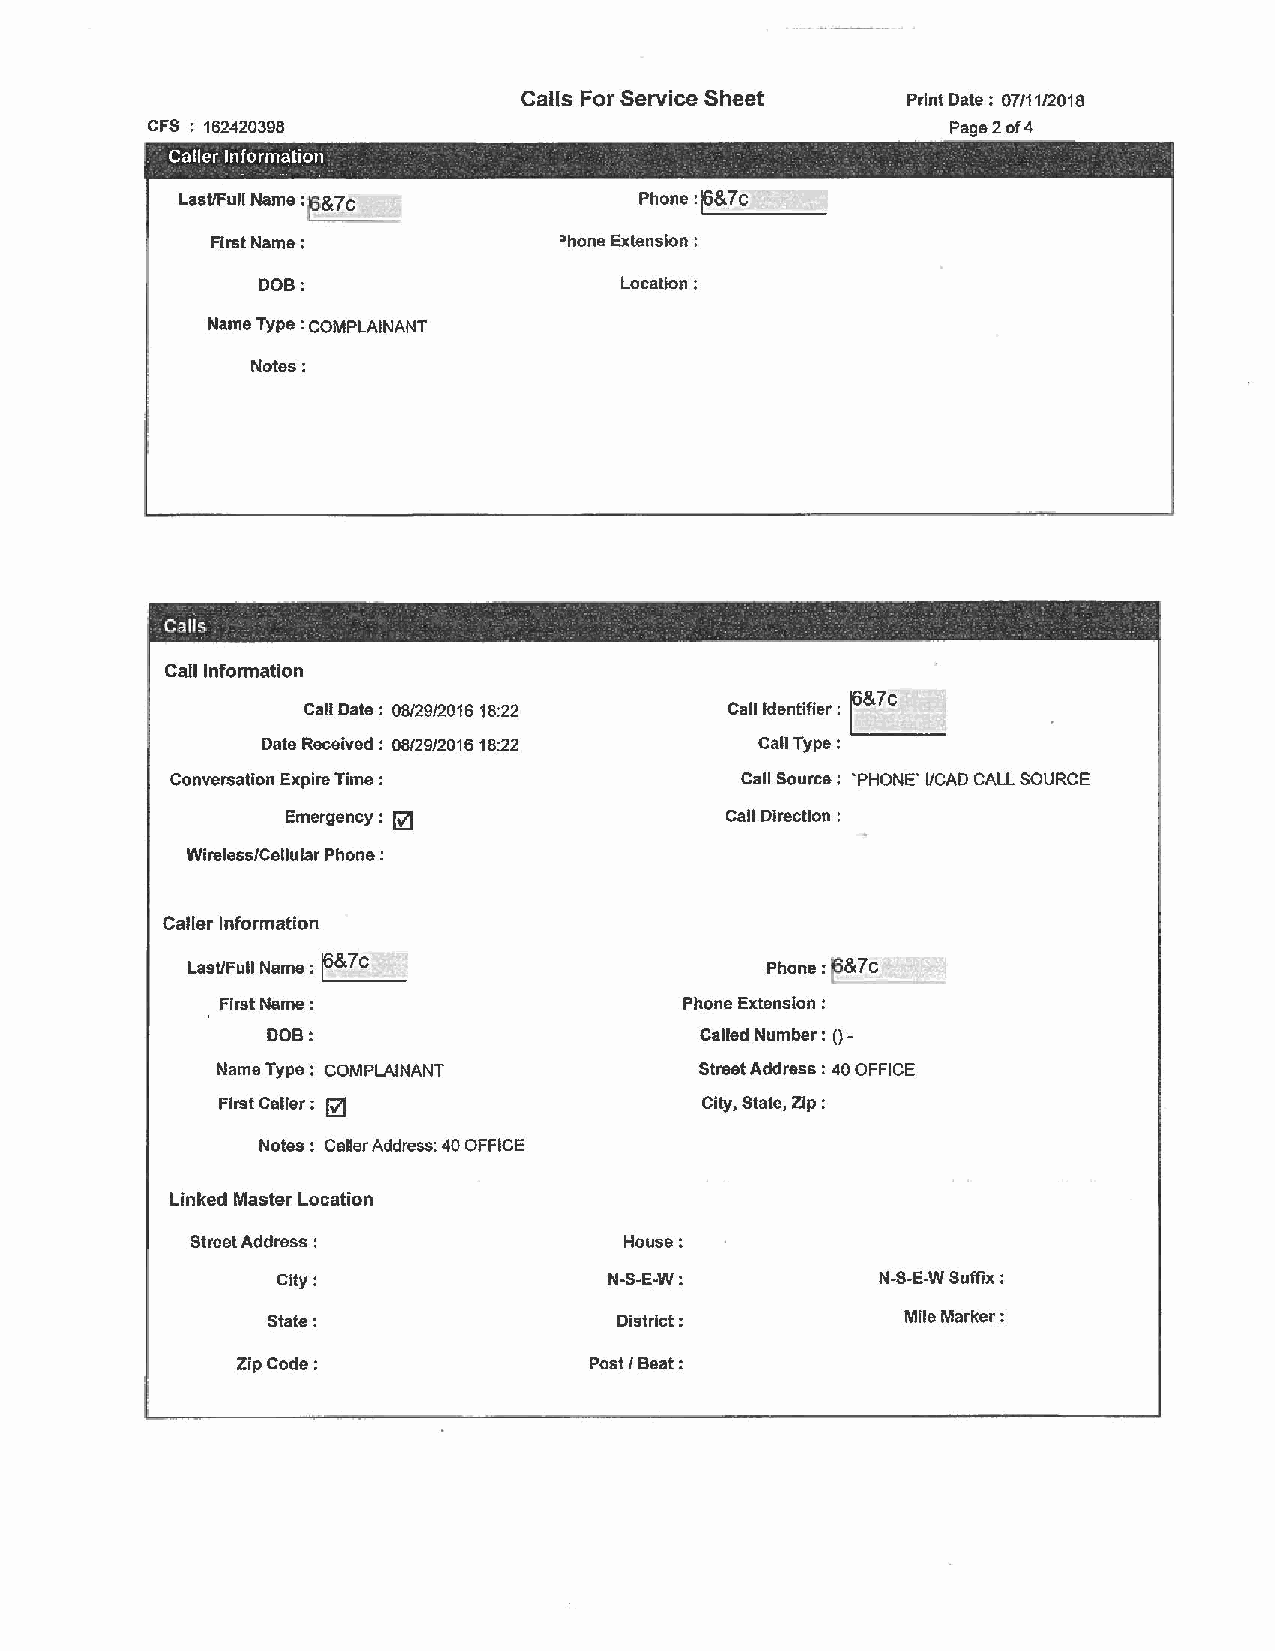
Calls For Service Sheet   Print Date: 07111/2018
 CFS : 162420398                                      Page2of4
 -    -
 Caller Information                    -
 LastlFull Name : ~& 7c        Phone:~~_&_7_c __~
 First Name:            ~hone Extension :
 DOB:                    Location:
 Name Type : COMPLAINANT
 Notes:
 -                 -   -
 CaJrs
 Call Information
 Call Date : 08/29/2016 18:22 Call Identifier: L&?c
 Call Type : .____ __
 Date Received : 08/29/2016 18:22
 Conversation Expire Time:             Call Source: 'PHONE' I/CAD CALL SOURCE
 6ZJ
 Emergency :                  Call Direction :
 Wireless/Cellular Phone :
 Caller Information
 LasUFull Name : ~&7 C                  Phone :~&7c
 First Name:                    Phone Extension :
 DOB:                        Called Number: (}-
 Name Type : COMPLAINANT         Street Address : 40 OFFICE
 First Caller: @                 City, State, Zip :
 Notes: Caller Address: 40 OFFICE
 Linked Master Location
 Street Address :            House:
 City:                 N-S-E-W:          N-S-E-W Suffix :
 State:                 District:          Mile Marker:
 Zip Code:              Post/ Beat: